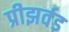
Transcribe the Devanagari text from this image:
प्रीझर्वड